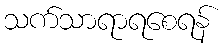
သက်သာရာရစေရန်